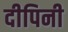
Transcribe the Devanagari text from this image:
दीपिनी